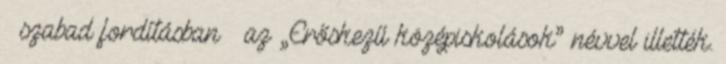
– szabad fordításban – az „Erőskezű középiskolások” névvel illették.